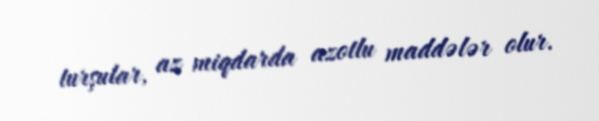
turşular, az miqdarda azotlu maddələr olur.